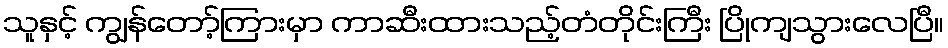
သူနှင့် ကျွန်တော့်ကြားမှာ ကာဆီးထားသည့်တံတိုင်းကြီး ပြိုကျသွားလေပြီ။